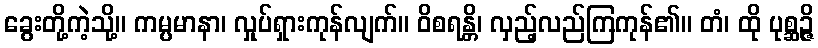
ခွေးတို့ကဲ့သို့။ ကမ္ပမာနာ၊ လှုပ်ရှားကုန်လျက်။ ဝိစရန္တိ၊ လှည့်လည်ကြကုန်၏။ တံ၊ ထို ပုစ္ဆဉ္ဇိ